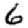
Digit: 6